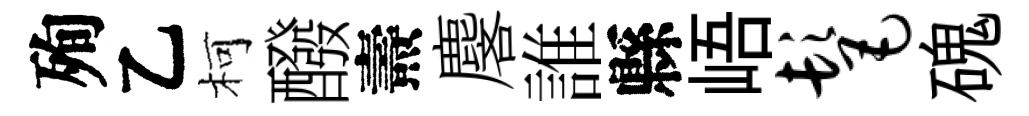
殉乙柯醱燾麐誰縣峿髦磈